Indian journal of veterinary science and animal husbandry - Volumes 15-17, 1948-1951
Year: 1948
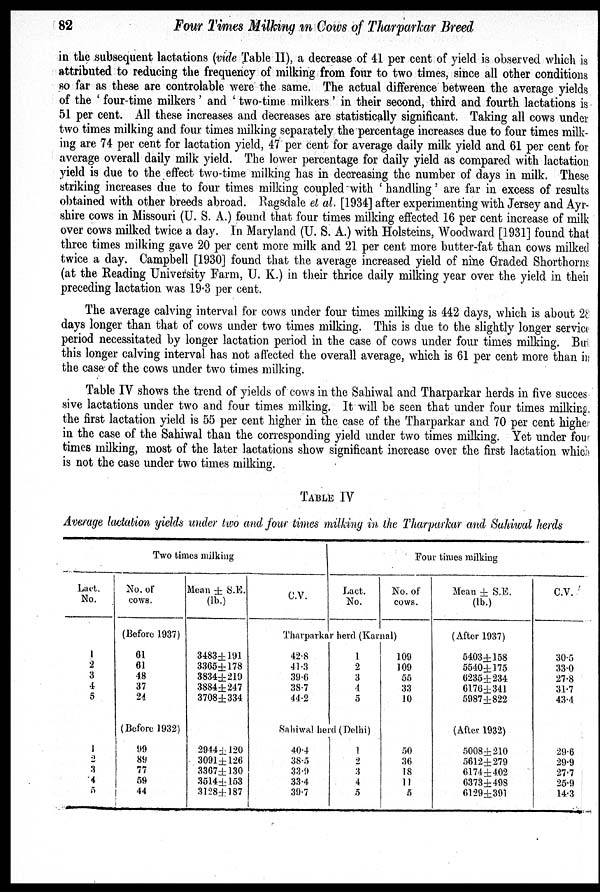
82
Four Times Milking in Cows of Tharparkar Breed
in the subsequent lactations (vide Table II), a decrease of 41 per cent of yield is observed which is
attributed to reducing the frequency of milking from four to two times, since all other conditions
so far as these are controlable were the same. The actual difference between the average yields
of the 'four-time milkers' and 'two-time milkers' in their second, third and fourth lactations is
51 per cent. All these increases and decreases are statistically significant. Taking all cows under
two times milking and four times milking separately the percentage increases due to four times milk-
ing are 74 per cent for lactation yield, 47 per cent for average daily milk yield and 61 per cent for
average overall daily milk yield. The lower percentage for daily yield as compared with lactation
yield is due to the effect two-time milking has in decreasing the number of days in milk. These
striking increases due to four times milking coupled with 'handling' are far in excess of results
obtained with other breeds abroad. Ragsdale et al. [1934] after experimenting with Jersey and Ayr-
shire cows in Missouri (U. S. A.) found that four times milking effected 16 per cent increase of milk
over cows milked twice a day. In Maryland (U. S. A.) with Holsteins, Woodward [1931] found that
three times milking gave 20 per cent more milk and 21 per cent more butter-fat than cows milked
twice a day. Campbell [1930] found that the average increased yield of nine Graded Shorthorns
(at the Reading University Farm, U. K.) in their thrice daily milking year over the yield in then
preceding lactation was 19.3 per cent.
The average calving interval for cows under four times milking is 442 days, which is about 28
days longer than that of cows under two times milking. This is due to the slightly longer service
period necessitated by longer lactation period in the case of cows under four times milking. But
this longer calving interval has not affected the overall average, which is 61 per cent more than in
the case of the cows under two times milking.
Table IV shows the trend of yields of cows in the Sahiwal and Tharparkar herds in five succes
sive lactations under two and four times milking. It will be seen that under four times milking
the first lactation yield is 55 per cent higher in the case of the Tharparkar and 70 per cent higher
in the case of the Sahiwal than the corresponding yield under two times milking. Yet under four
times milking, most of the later lactations show significant increase over the first lactation which
is not the case under two times milking.
TABLE IV
Average lactation yields under two and four times milking in the Tharparkar and Sahiwal herds
Two times milking
Lact.
No.
1
2
3
4
5
1
2
3
4
5
No. of
cows.
(Before 1937)
01
61
48
37
24
(Before 1932)
99
89
77
59
44
Mean ± S.E.
(lb.)
3483±191
3365±178
3834±219
3884±247
3708±334
2944±120
3091±126
3367±130
3514±153
3128±187
C.V.
Four times milking
Lact.
No.
No. of
cows.
Tharparkar herd (Karnal)
42.8
41.3
39.6
38.7
44.2
1
2
3
4
5
Sahiwal herd (Delhi)
40.4
38.5
33.9
33.4
39.7
1
2
3
4
5
109
109
55
33
10
50
36
18
11
5
Mean ± S.E.
(lb.)
(After 1937)
5403±158
5540±175
6235±234
6176±341
5987±822
(After 1932)
5008±210
5612±279
6174±402
6373±498
6129±391
C.V.
30.5
33.0
27.8
31.7
43.4
29.6
29.9
27.7
25.9
14.3